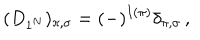
( D _ { 1 ^ { N } } ) _ { \pi , \sigma } = ( - ) ^ { I ( \pi ) } \delta _ { \pi , \sigma } \, ,